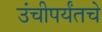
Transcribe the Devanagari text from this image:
उंचीपर्यंतचे